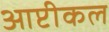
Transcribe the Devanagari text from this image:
आप्टीकल